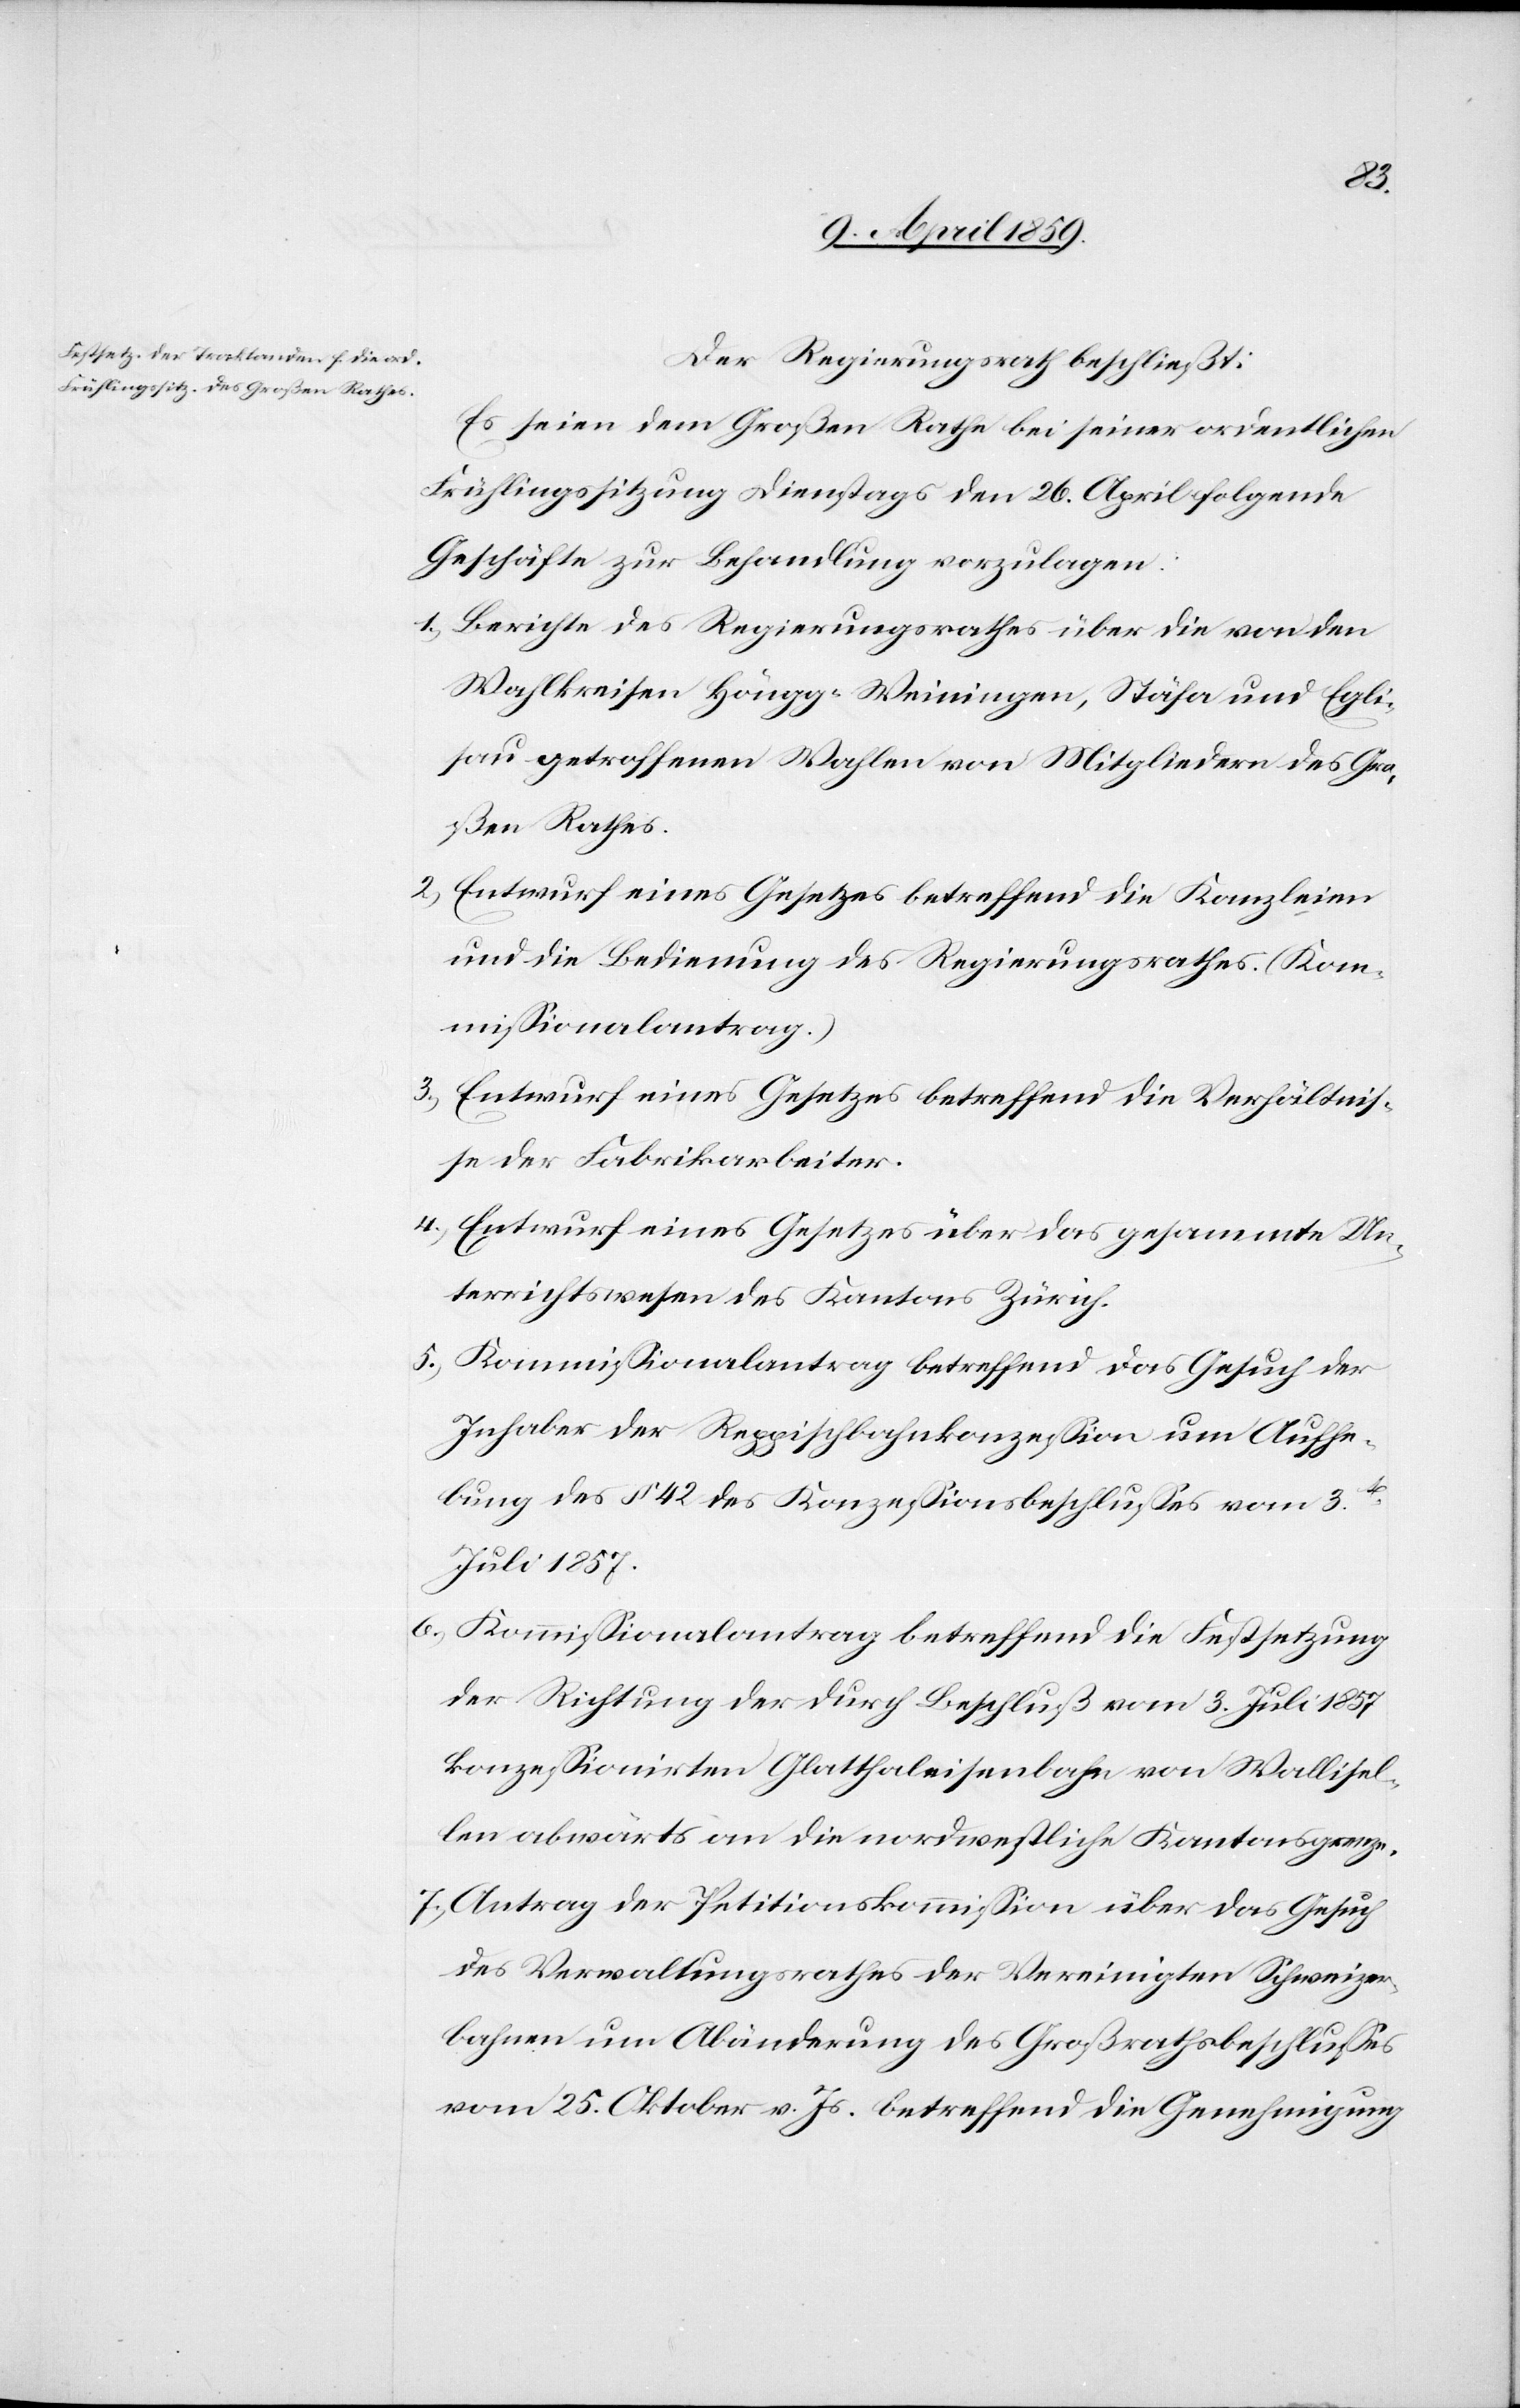
Der Regierungsrath beschließt:
Es seien dem Großen Rathe bei seiner ordentlichen
Frühlingssitzung Dienstags den 26. April folgende
Geschäfte zur Behandlung vorzulegen:
1) Berichte des Regierungsrathes über die von den
Wahlkreisen Höngg-Weiningen, Stäfa und Egli¬
sau getroffenen Wahlen von Mitgliedern des Gro¬
ßen Rathes.
2) Entwurf eines Gesetzes betreffend die Kanzleien
und die Bedienung des Regierungsrathes. (Kom¬
mißionalantrag.)
3) Entwurf eines Gesetzes betreffend die Verhältniß¬
e der Fabrikarbeiter.
4) Entwurf eines Gesetzes über das gesammte Un¬
terrichtswesen des Kantons Zürich.
5) Kommißionalantrag betreffend das Gesuch der
Inhaber der Reppischbahnkonzeßion um Aushe¬
bung des § 42 des Konzeßionsbeschlußes vom 3t
Juli 1857.
6) Kommißionalantrag betreffend die Festsetzung
der Richtung der durch Beschluß vom 3. Juli 1857
konzeßionirten Glatthaleisenbahn von Wallisel¬
len abwärts an die nordwestliche Kantonsgrenze.
7) Antrag der Petitionskommißion über das Gesuch
des Verwaltungsrathes der Vereinigten Schweizer¬
bahnen um Abänderung des Großrathsbeschlußes
vom 25. Oktober v. Js. betreffend die Genehmigung